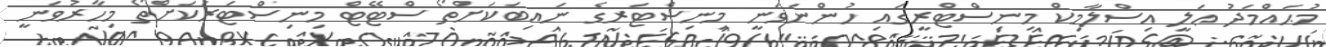
މުޙައްމަދު ޢަލީ އިސްލާމިކް މިނިސްޓްރީގައި ހުންނަވަނީ މިނިސްޓަރގެ ނައިބަކަށްތޯ ސްޓޭޓް މިނިސްޓަރަކަށްތޯ މިހާރުވަނީ